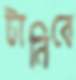
টানিবে